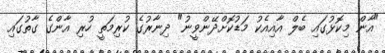
"އާން މިކޮޅުގައި ބެލް އާއިއެކު މަޑުކޮށްދޭންވީނު" ދިނާރުގެ ކުރިމަތީ ހުރި އާންގެ ގާތުގައި